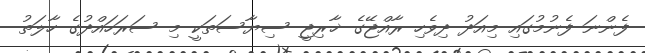
ފެންނަ ފެނުމުގައި މިއަދު ދިވެހި ރާއްޖޭގެ ޚާރިޖީ ސިޔާސަތަކީ މި ސަރަހައްދުގެ ހާލަތު